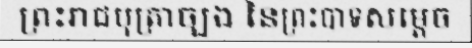
ព្រះរាជបុត្រាច្បង នៃព្រះបាទសម្តេច